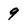
Character: 9